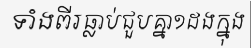
ទាំងពីរធ្លាប់ជួបគ្នា១ដងក្នុង